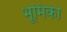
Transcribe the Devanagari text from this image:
भूूमिका